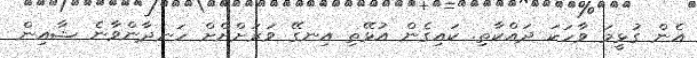
އެން ގުޅީމަ ވާހަކަ ދައްކާތި. ކައިގެން އުޅޭތި އިނގޭ ވަރަށްށްށް ހަނދާންވާނެ ޝާއިން